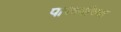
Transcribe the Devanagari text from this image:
पारध्यांच्या